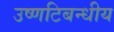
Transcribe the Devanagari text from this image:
उष्णटिबन्धीय